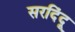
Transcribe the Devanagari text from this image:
सरदिंदू